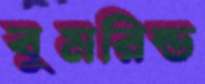
বুমরিন্ড